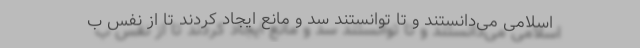
اسلامی می‌دانستند و تا توانستند سد و مانع ایجاد کردند تا از نفس ب